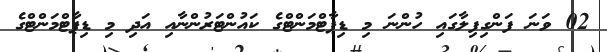
02 ވަނަ ފަންގިފިލާގައި ހުންނަ މި ޑިޕާޓްމަންޓްގެ ކައުންޓަރުންނާއި އަދި މި ޑިޕާޓްމަންޓްގެ